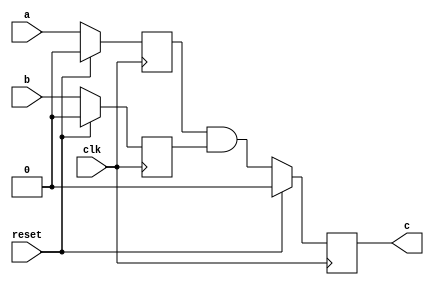
`timescale 1ns / 1ps
////////////////////////////////////////////////////////
// Rapid Silicon Raptor Example Design                //
// and2_verilog                                       //
// and2.v - Top-level file of simple 2-input AND gate //
////////////////////////////////////////////////////////

module and2 (
  input a,
  input b,
  input clk,
  input reset,
  output reg c = 1'b0
);

  reg a_reg, b_reg  = 1'b0;

  always@(posedge clk)
    if (reset) begin
      a_reg <= 1'b0;
      b_reg <= 1'b0;
      c     <= 1'b0;
    end else begin
      a_reg <= a;
      b_reg <= b;
      c     <= a_reg & b_reg;
    end

endmodule


module and2x2  (
  input a,
  input b,
  input clk1,
  input clk2,
  input reset,
  output wire c1,
  output wire c2 
);
   
   and2 u1 (a,b, clk1, reset, c1);
   and2 u2 (a,b, clk2, reset, c2);


endmodule